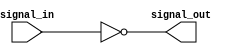
module open_drain_inverter(
    input signal_in,
    output signal_out
);

reg inverted_signal;
assign signal_out = inverted_signal;

// NMOS transistor open-drain inverter
assign inverted_signal = ~signal_in;

endmodule